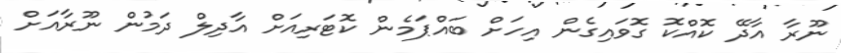
ނޫރާ އާދޭ ކޮއްކޮ ގޮވައިގެން އިހަށް ބައްޕަމެން ކޮޓަރިއަށް އާދިލް ދަމުން ނޫރާއަށް